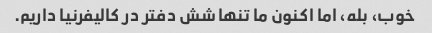
خوب، بله، اما اکنون ما تنها شش دفتر در کالیفرنیا داریم.